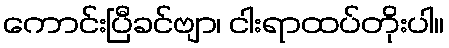
ကောင်းပြီခင်ဗျာ၊ ငါးရာထပ်တိုးပါ။